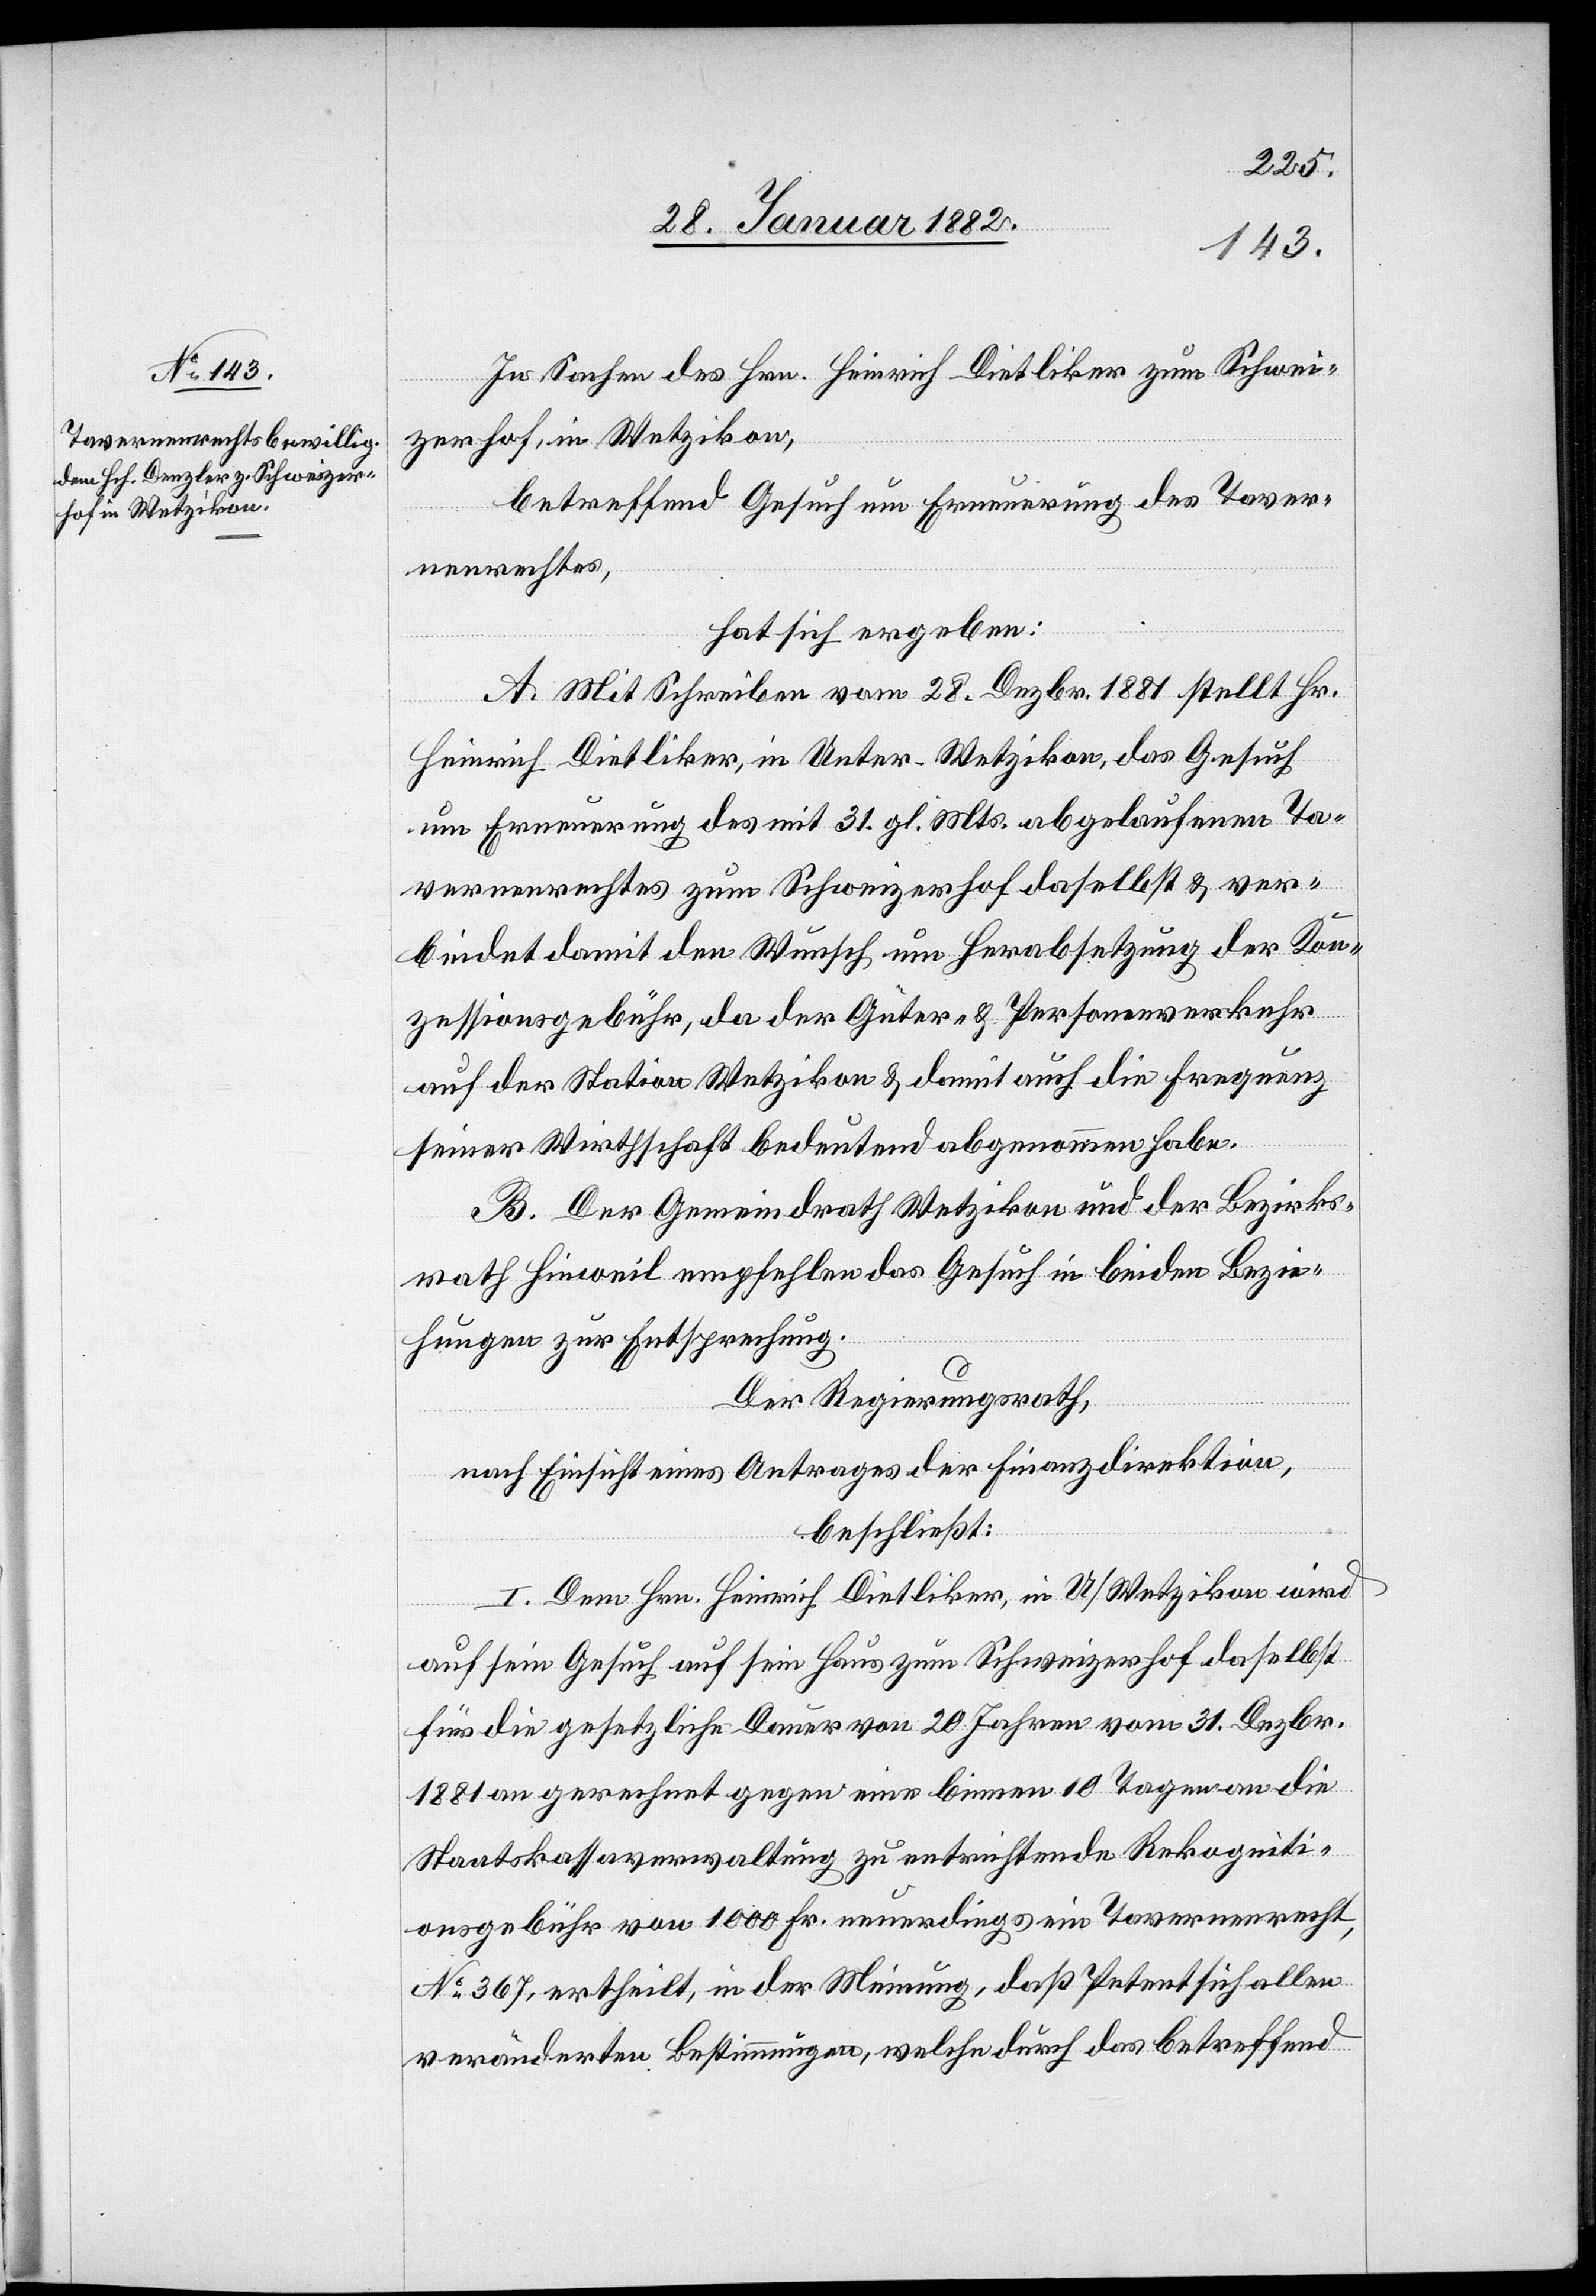
In Sachen des Hrn. Heinrich Dietliker [sic!] zum Schwei¬
zerhof, in Wetzikon,
betreffend Gesuch um Erneuerung des Taver¬
nenrechtes,
hat sich ergeben:
A. Mit Schreiben vom 28. Dezbr. 1881 stellt Hr.
Heinrich Dietliker [sic!], in Unter-Wetzikon, das Gesuch
um Erneuerung des mit 31. gl. Mts. abgelaufenen Ta¬
vernenrechtes zum Schweizerhof daselbst & ver¬
bindet damit den Wunsch, um Herabsetzung der Kon¬
zessionsgebühr, da der Güter- & Personenverkehr
auf der Station Wetzikon & damit auch die Frequenz
seiner Wirthschaft bedeutend abgenommen habe.
B. Der Gemeindrath Wetzikon und der Bezirks¬
rath Hinweil empfehlen das Gesuch in beiden Bezie¬
hungen zur Entsprechung.
Der Regierungsrath,
nach Einsicht eines Antrages der Finanzdirektion
beschließt:
I. Dem Hrn. Heinrich Dietliker [sic!], in U/Wetzikon wird
auf sein Gesuch auf sein Haus zum Schweizerhof daselbst
für die gesetzliche Dauer von 20 Jahren vom 3. Dezbr.
1881 an gerechnet gegen eine binnen 10 Tagen an die
Staatskassaverwaltung zu entrichtende Rekogniti¬
onsgebühr von 1000 Fr. neuerdings ein Tavernenrecht,
No 367, ertheilt, in der Meinung, daß Petent sich allen
veränderten Bestimmungen, welche durch das betreffend